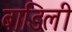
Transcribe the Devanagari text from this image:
बाडिली